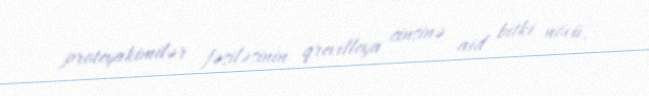
proteyakimilər fəsiləsinin qrevilleya cinsinə aid bitki növü.